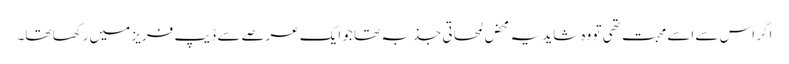
اگر اس سے اسے محبت تھی تو وہ شاید یہ محض لمحاتی جذبہ تھا جو ایک عرصے سے ڈیپ فریز میں رکھا تھا۔